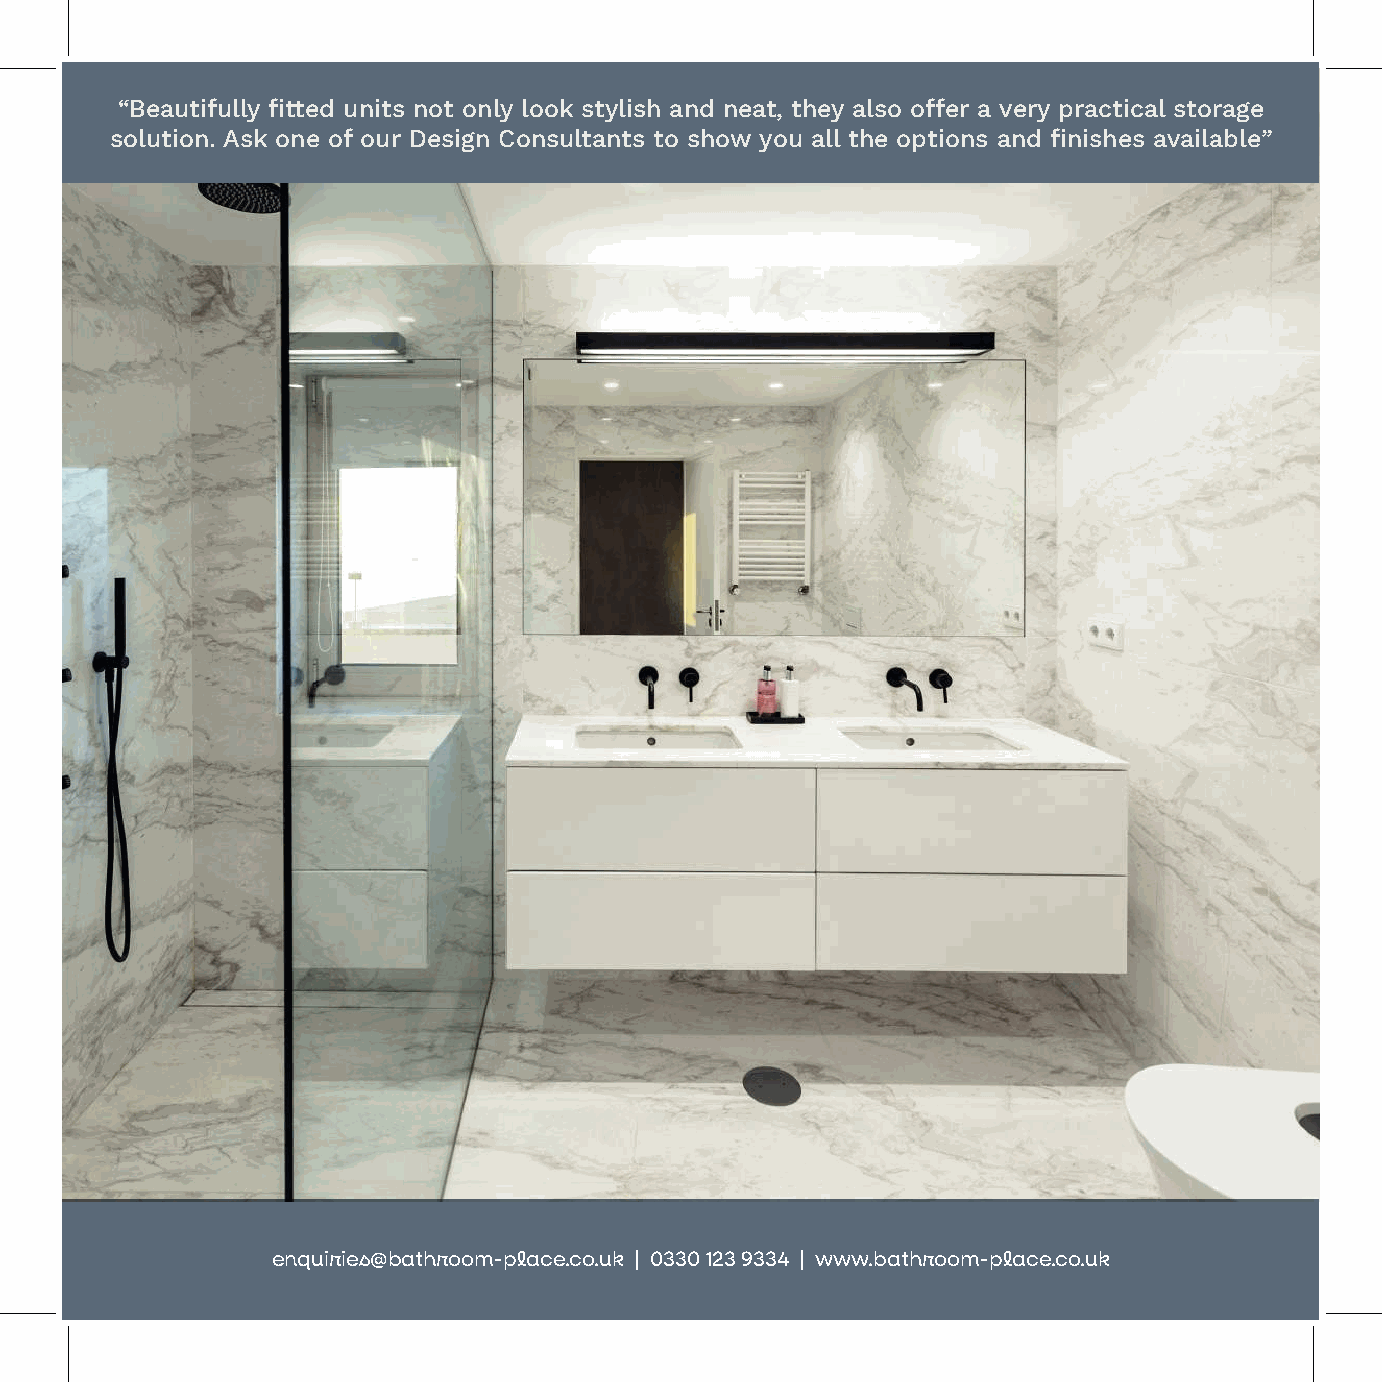
“Beautifully fitted units not only look stylish and neat, they also offer a very practical storage
 solution. Ask one of our Design Consultants to show you all the options and finishes available”
 enquiries@bathroom-place.co.uk | 0330 123 9334 | www.bathroom-place.co.uk